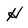
Character: H